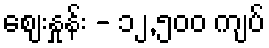
စျေးနှုန်း - ၁၂,၅၀၀ ကျပ်